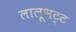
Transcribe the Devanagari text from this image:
लालूभट्ट